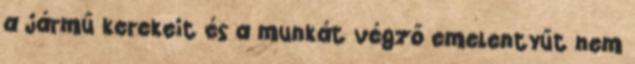
a jármű kerekeit és a munkát végző emelentyűt nem